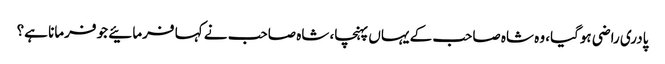
پادری راضی ہوگیا، وہ شاہ صاحب کے یہاں پہنچا، شاہ صاحب نے کہا فرمائیے جو فرمانا ہے؟